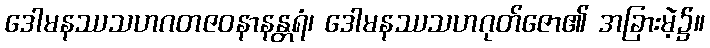
ဒေါမနဿသဟဂတဇဝနာနန္တရံ၊ ဒေါမနဿသဟဂုတ်ဇော၏ အခြားမဲ့၌။